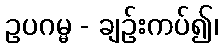
ဥပဂမ္မ - ချဉ်းကပ်၍၊